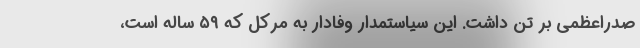
صدراعظمی بر تن داشت. این سیاستمدار وفادار به مرکل که ۵۹ ساله است،